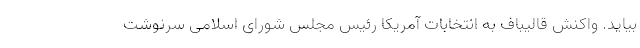
بیاید. واکنش قالیباف به انتخابات آمریکا رئیس مجلس شورای اسلامی سرنوشت